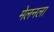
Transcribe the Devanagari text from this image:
मेलनला